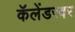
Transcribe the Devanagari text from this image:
कॅलेंडरवर